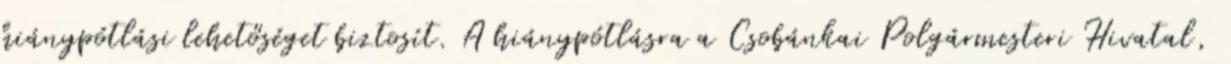
hiánypótlási lehetőséget biztosít. A hiánypótlásra a Csobánkai Polgármesteri Hivatal,